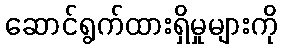
ဆောင်ရွက်ထားရှိမှုများကို